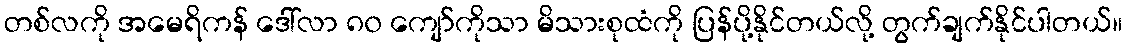
တစ်လကို အမေရိကန် ဒေါ်လာ ၈၀ ကျော်ကိုသာ မိသားစုထံကို ပြန်ပို့နိုင်တယ်လို့ တွက်ချက်နိုင်ပါတယ်။